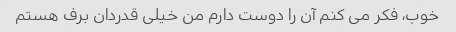
خوب، فکر می کنم آن را دوست دارم من خیلی قدردان برف هستم